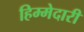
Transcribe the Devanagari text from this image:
हिम्मेदारी